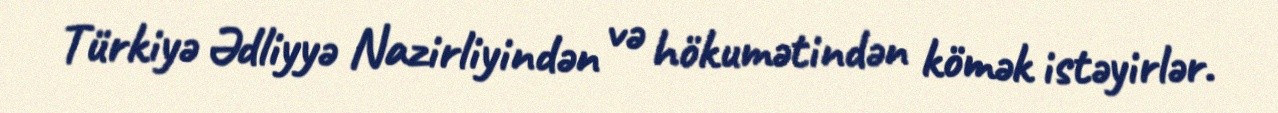
Türkiyə Ədliyyə Nazirliyindən və hökumətindən kömək istəyirlər.